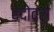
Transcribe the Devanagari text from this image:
वदोदरा